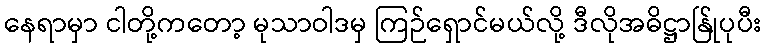
နေရာမှာ ငါတို့ကတော့ မုသာဝါဒမှ ကြဉ်ရှောင်မယ်လို့ ဒီလိုအဓိဋ္ဌာန်ြုပုပီး